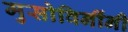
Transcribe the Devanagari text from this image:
मुसोविनींनी